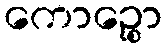
ကောဉ္စော